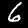
Digit: 6